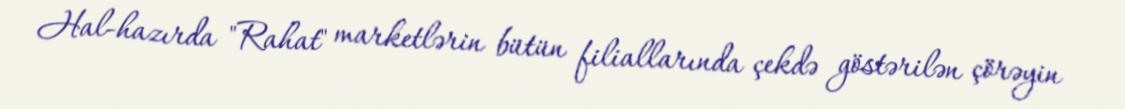
Hal-hazırda "Rahat" marketlərin bütün filiallarında çekdə göstərilən çörəyin